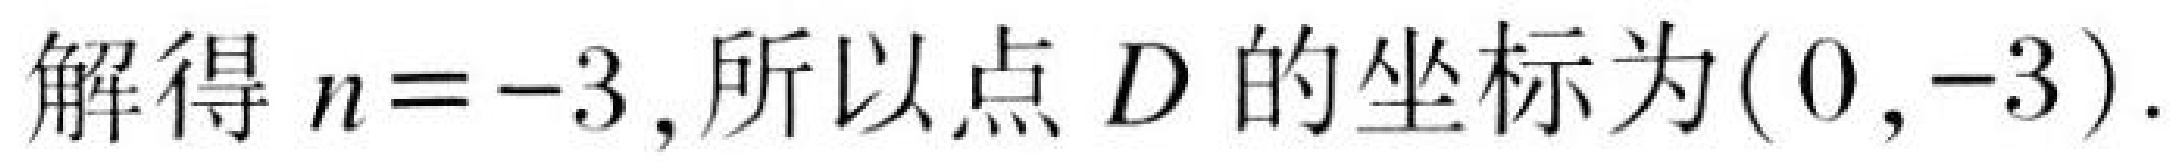
解得\(n = - 3\)，所以点\(D\)的坐标为\((0,-3)\).